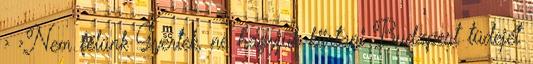
› ›Nem félünk Gyertek, ne hagyjuk kiirtani Budapest tüdejét